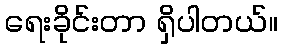
ရေးခိုင်းတာ ရှိပါတယ်။